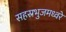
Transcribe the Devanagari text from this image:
सहस्रभुजमध्वरे